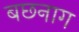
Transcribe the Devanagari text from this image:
बछनाग